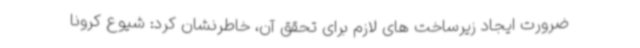
ضرورت ایجاد زیرساخت های لازم برای تحقق آن، خاطرنشان کرد: شیوع کرونا